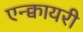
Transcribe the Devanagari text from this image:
एन्क्वायरी